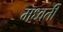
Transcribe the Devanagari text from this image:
मध्वर्ती